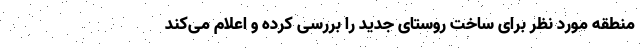
منطقه مورد نظر برای ساخت روستای جدید را بررسی کرده و اعلام می‌کند